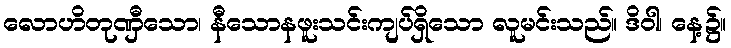
လောဟိတုဏှီသော၊ နီသောနဖူးသင်းကျပ်ရှိသော လူမင်းသည်။ ဒိဝါ၊ နေ့၌။